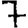
Digit: 7